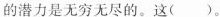
的潜力是无穷无尽的。这( )。